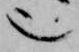
也